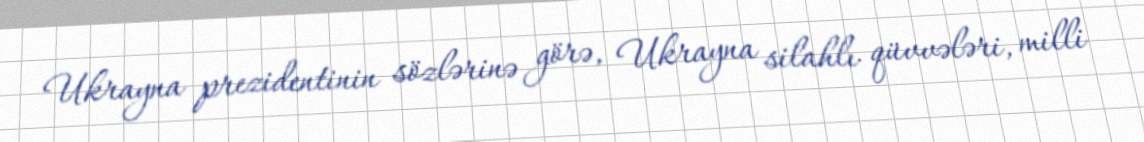
Ukrayna prezidentinin sözlərinə görə, Ukrayna silahlı qüvvələri, milli